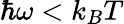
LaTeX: \hbar\omega<k_{B}T